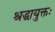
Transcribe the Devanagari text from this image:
श्रद्धायुक्तः